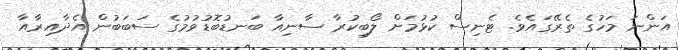
އަންނަ މަހުގެ ތެރޭގައެވެ. ޓެނިސް ކުޅުމަށް ލޯބިކުރާ ސާނިއާ ބަނޑުބޮޑުވުމުގެ ސަބަބުން އެދާއިރާއާ